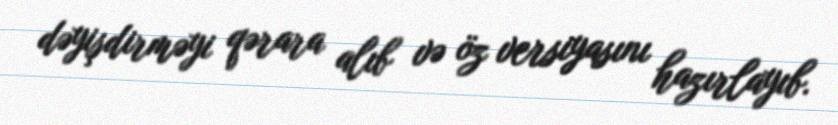
dəyişdirməyi qərara alıb və öz versiyasını hazırlayıb.